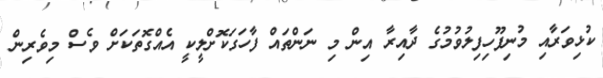
ކުޅިވަރާއި މުނިފޫހިފިލުވުމުގެ ދާއިރާ އިން މި ނަންތައް ފާހަގަކޮށްލީކީ އެއްގޮތަކަށް ވެސް މިވެރިން